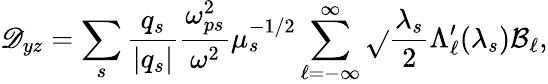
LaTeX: \mathscr{D}_{yz}=\sum_{s}\frac{{q_{s}}}{{|q_{s}|}}\frac{{\omega_{ps}^{2}}}{{\omega^{2}}}\mu_{s}^{-1/2}\sum_{\ell=-\infty}^{\infty}\sqrt{}{{\frac{{\lambda_{s}}}{{2}}}}\Lambda_{\ell}^{\prime}(\lambda_{s})\mathcal{{B}}_{\ell},